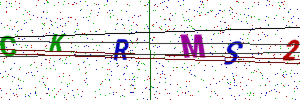
Text: CKRMS2